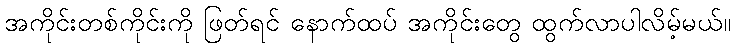
အကိုင်းတစ်ကိုင်းကို ဖြတ်ရင် နောက်ထပ် အကိုင်းတွေ ထွက်လာပါလိမ့်မယ်။